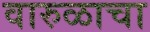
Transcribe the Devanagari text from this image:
वारुळाचा